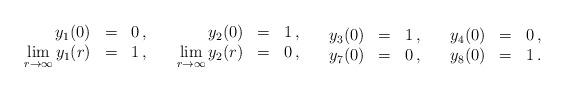
LaTeX: \begin{align*}\begin{array}{rcl} y_1(0)&=&0 \, , \\ \lim\limits_{r\to\infty} y_1(r) &=& 1 \, , \end{array} \quad \begin{array}{rcl} y_2(0)&=&1 \, , \\ \lim\limits_{r\to\infty} y_2(r) &=& 0 \, , \end{array} \quad \begin{array}{rcl} y_3(0)&=&1 \, , \\ y_7(0) &=& 0 \, , \end{array}\quad \begin{array}{rcl} y_4(0)&=&0 \, , \\ y_8(0) &=& 1 \, . \end{array}\quad\end{align*}